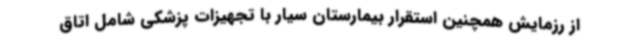
از رزمایش همچنین استقرار بیمارستان سیار با تجهیزات پزشکی شامل اتاق